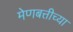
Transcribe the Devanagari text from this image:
मेणबत्तीच्या